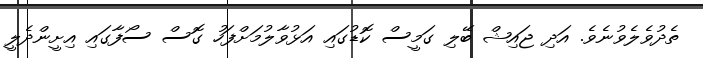
ތެދުވެލެވުނެވެ. އަދި ޖައިޝް ބޭލި ގަމީސް ކޮޑުގައި އަޅުވާލުމަށްފަހު ގޮސް ސޯފާގައި އިށީންދެލީ